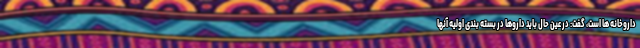
داروخانه ها است، گفت: در عین حال باید داروها در بسته بندی اولیه آنها